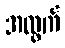
အထွက်